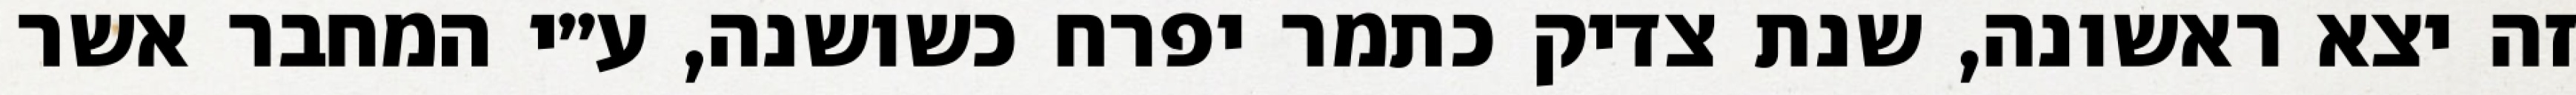
זה יצא ראשונה, שנת צדיק כתמר יפרח כשושנה, ע״י המחבר אשר